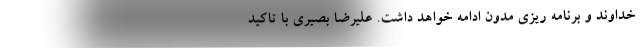
خداوند و برنامه ریزی مدون ادامه خواهد داشت. علیرضا بصیری با تاکید